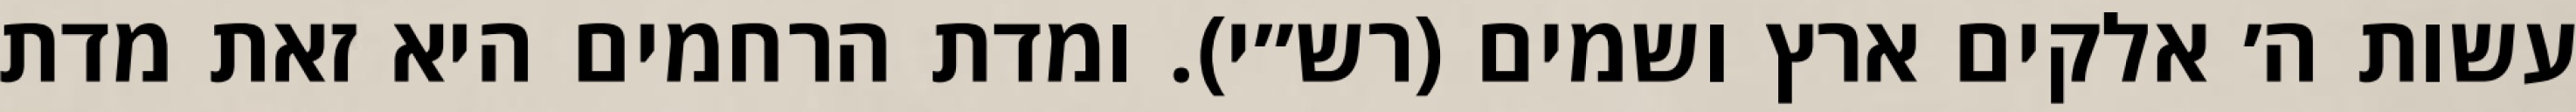
עשות ה׳ אלקים ארץ ושמים (רש״י). ומדת הרחמים היא זאת מדת